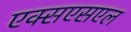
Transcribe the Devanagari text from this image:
एक्सएसएल